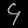
Digit: ၄